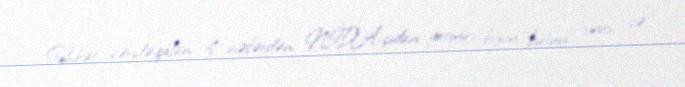
Söhbət içəridə qalan 4 nəfərdən, NİDA-çıdan getmir, bizim bütün siyasi və